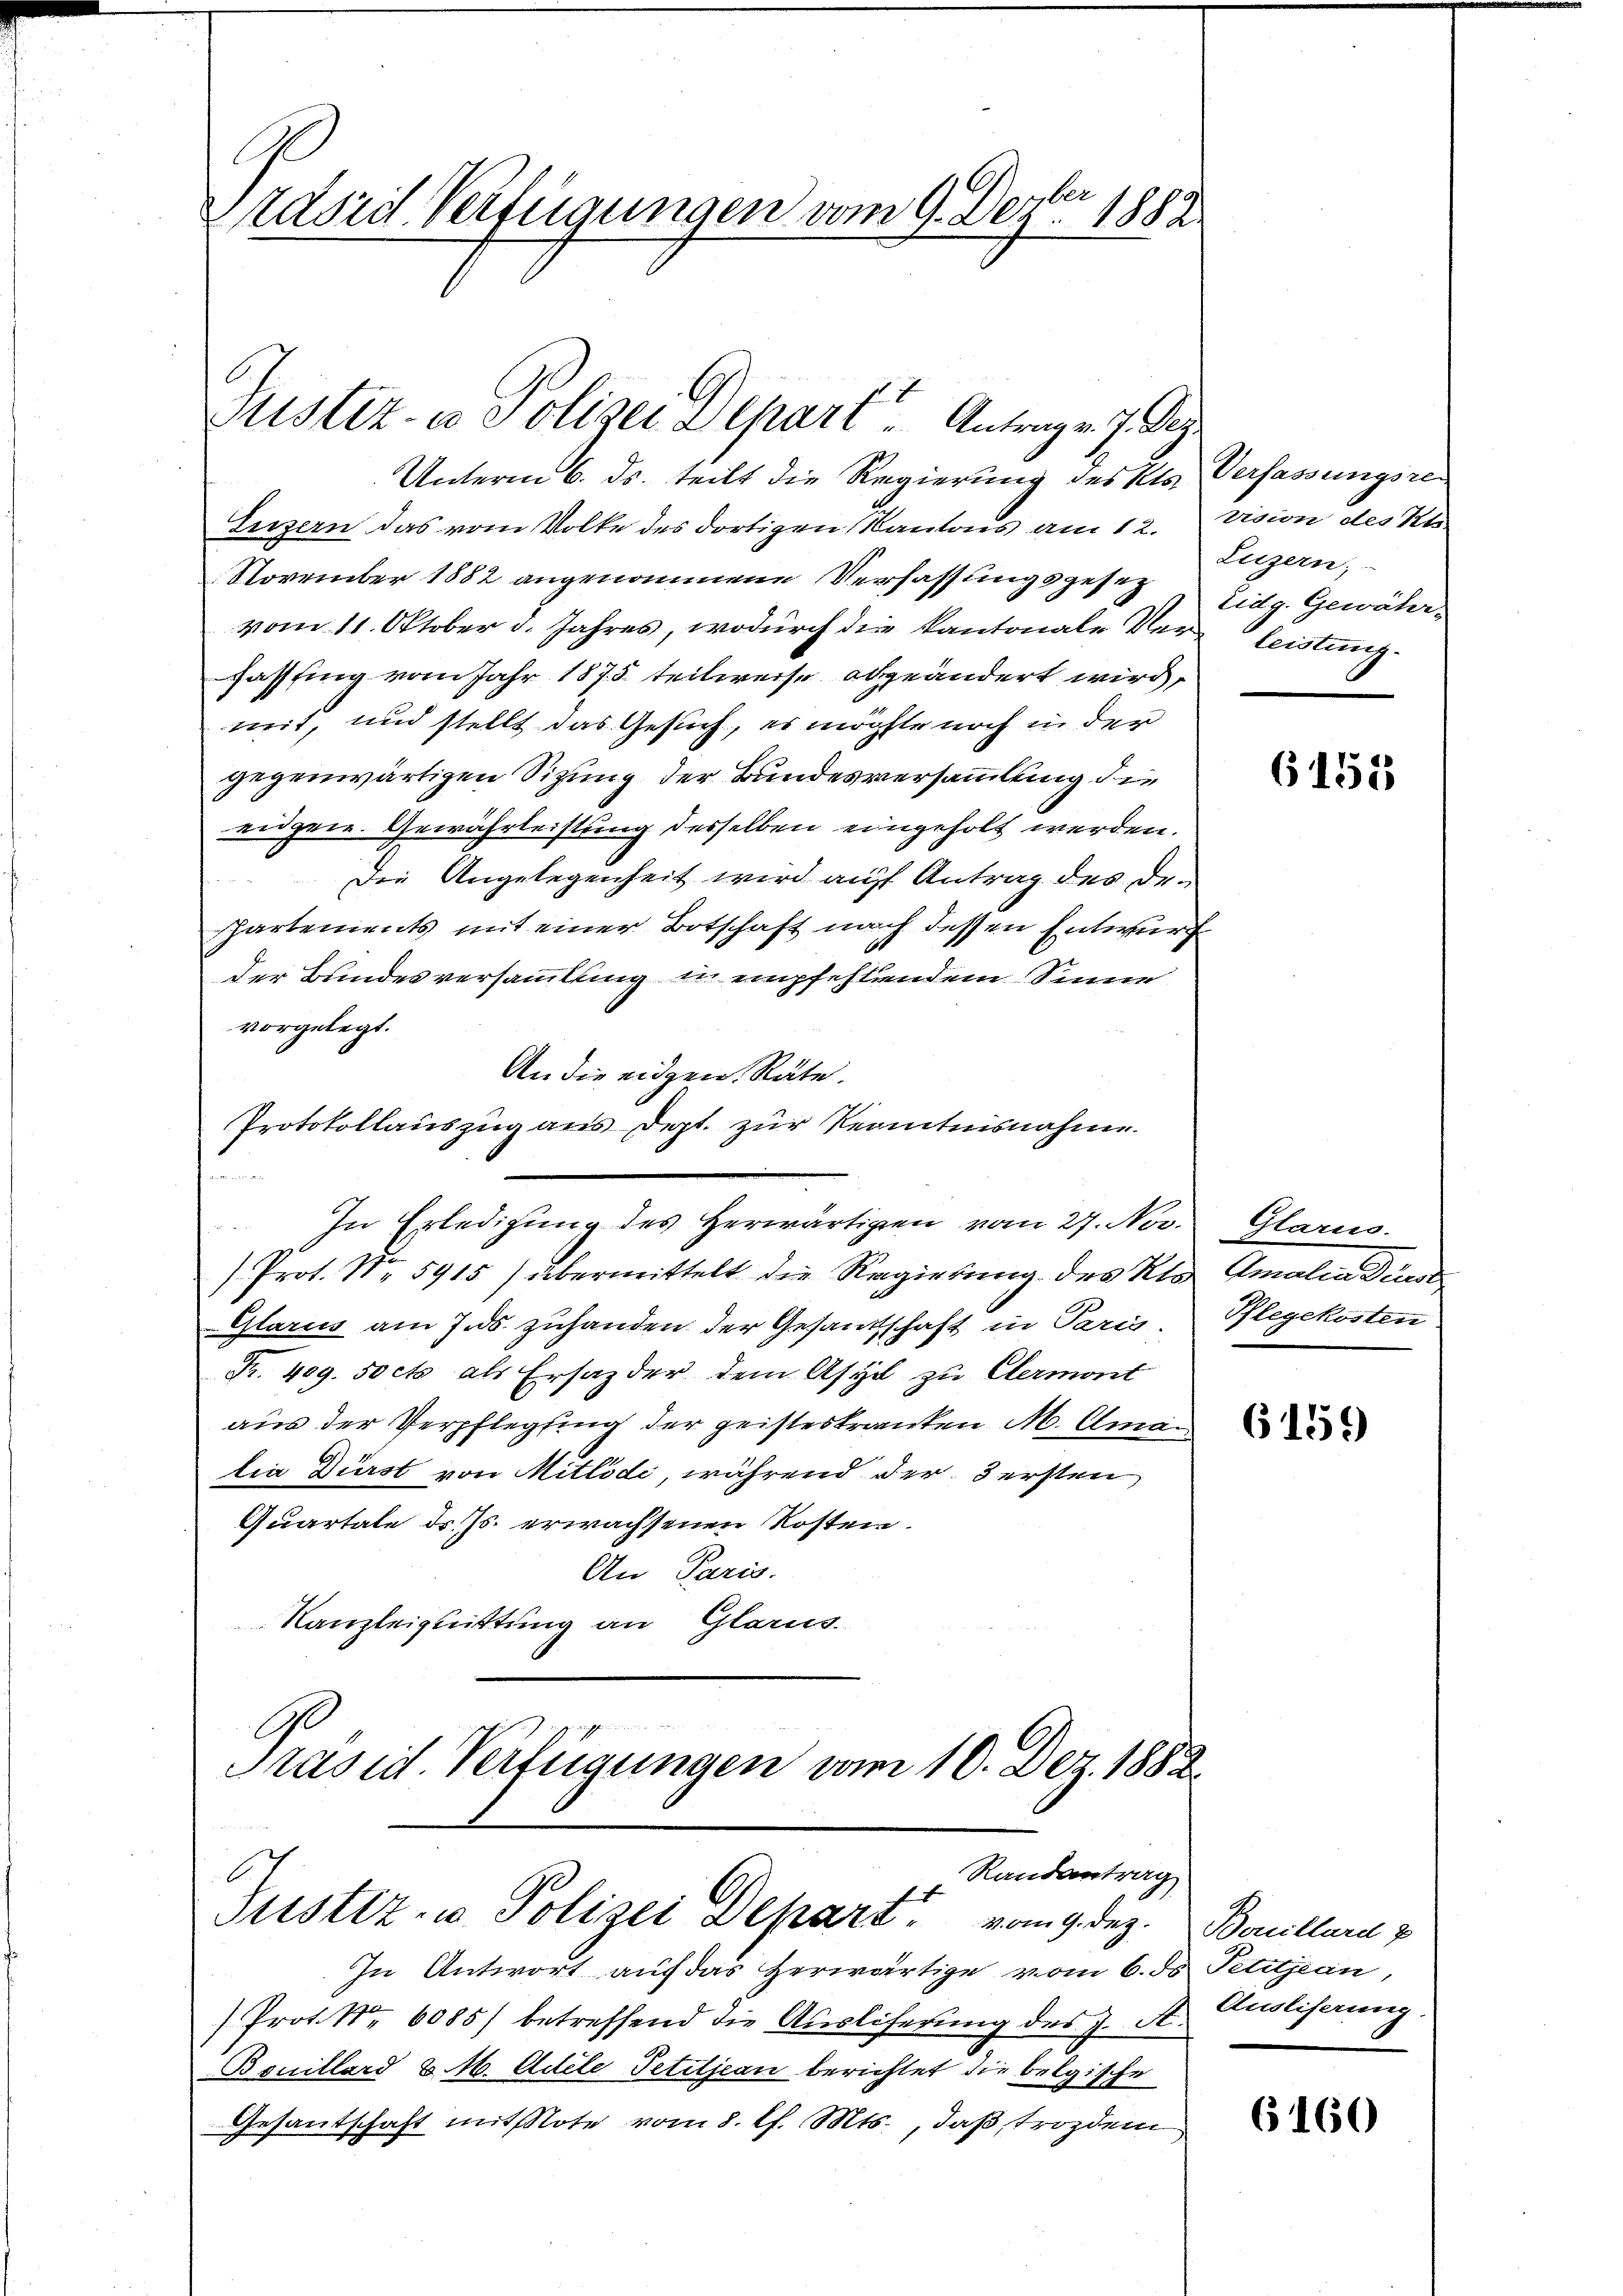
zdörd Verfügungen vom 9. Dezbr 1882

Justiz- u Polizei Depart Antrag v. J. Dez.

Unterm 6. ds. teilt die Regierung des Kts. Verfassungsre¬
Luzern das vom Volke des dortigen Kantons am 12. Vision des St
November 1882 angenommene Verfassungsgesetz Eidg. Gewährvom 11. Oktober d. Jahres, wodurch die kantonale Verleistung-
fasssing vom Jahr 1875 teilweise abgeändert wird,
mit, und stellt das Gesuch, es mögte noch in der
gegenwärtigen Sitzung der Bundesversammlung die
eidgen. Gewährleistung desselben eingeholt werden.
Die Angelegenheit wird auf Antrag des Despartements mit einer Botschaft nach dessen Entwurf
der Bundesversammlung in empfehlendem Sinne
vorgelegt.
An die eidgen. Räte.
Protokollauszug aus dept. zur Kenntnisnahme.
2
In Erledigung des Herwärtigen vom 27. Nov. Glarus.
/Prot. No 5915) übermittelt die Regierung des Klo Amalia die
Glarus am 7. ds. zuhanden der Gesandtschaft in Paris, Pflegekosten
Fr. 409. 50 cts als Ersatz der dem Asyl zu Clermont
aus der Verpflegfing der geisteskranken M. Aman
lia Dürst von Mitlöde, während der 3 ersten
Quartale dr. Js. erwachsenen Kosten.
An Paris.
Kanzleiguittung an Glarus
Präsid. Verfügungen vom 10. Dez. 1882.

x
Randantrag
Justiz- u Polizei Depart vom 9. Dez. Bouillari p

Luzern;

In Antwort auf das Herwärtige vom 6. ds Petitjean,
Prot. Nr. 6085) betreffend die Ausliferung des J. A. Qualiferung
Bouillard & 16. Adele Petitjean berichtet die belgische
Gesandschaft mit tote vom 8. d. Mts., daß, trozdem

6151

6155

6160